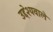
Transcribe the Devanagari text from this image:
उद्देश्यवाले